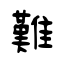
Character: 難